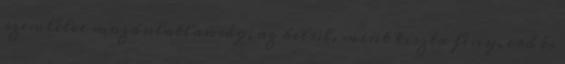
szemlélve mozdulatlanság, az belül, mint tiszta fény, erő és